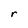
Character: r